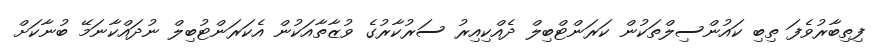
ފިތިބާރުވެފަ ތިބި ކައުންސިލްތަކުން ކަރަންޓްބިލް ދެއްކިއިރު ސަރުކާރުގެ ވުޒާތާއަކުން އެކަރަންޓުބިލް ނުދައްކާނަމޭ ބުނާކަށް